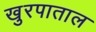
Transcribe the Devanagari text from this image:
खुरपाताल